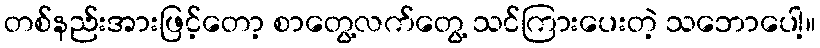
တစ်နည်းအားဖြင့်တော့ စာတွေ့လက်တွေ့ သင်ကြားပေးတဲ့ သဘောပေါ့။